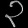
Digit: ၃